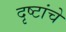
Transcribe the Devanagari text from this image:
दृष्टांचे